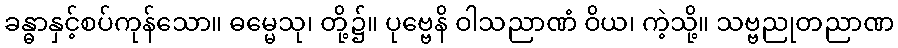
ခန္ဓာနှင့်စပ်ကုန်သော။ ဓမ္မေသု၊ တို့၌။ ပုဗ္ဗေနိ ဝါသညာဏံ ဝိယ၊ ကဲ့သို့။ သဗ္ဗညုတညာဏ